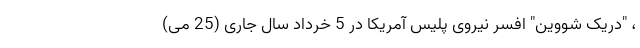
، "دریک شووین" افسر نیروی پلیس آمریکا در 5 خرداد سال جاری (25 می)